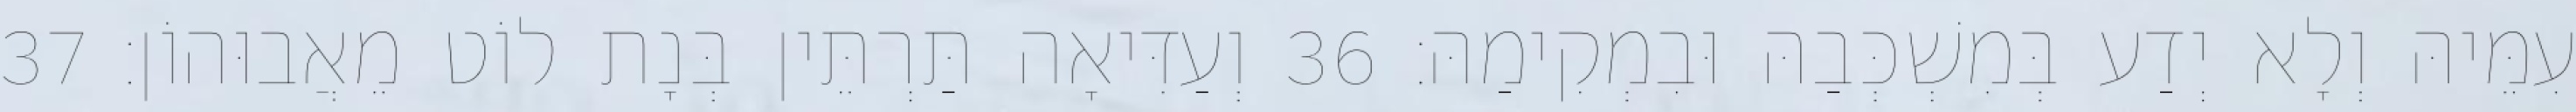
עִמֵּיהּ וְלָא יְדַע בְּמִשְׁכְּבַהּ וּבִמְקִימַהּ׃ 36 וְעַדִּיאָה תַּרְתֵּין בְּנָת לוֹט מֵאֲבוּהוֹן׃ 37